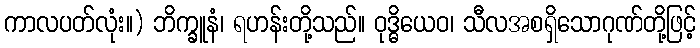
ကာလပတ်လုံး။) ဘိက္ခူနံ၊ ရဟန်းတို့သည်။ ဝုဒ္ဓိယေဝ၊ သီလအစရှိသောဂုဏ်တို့ဖြင့်